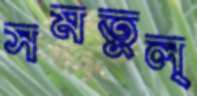
সমতুল্